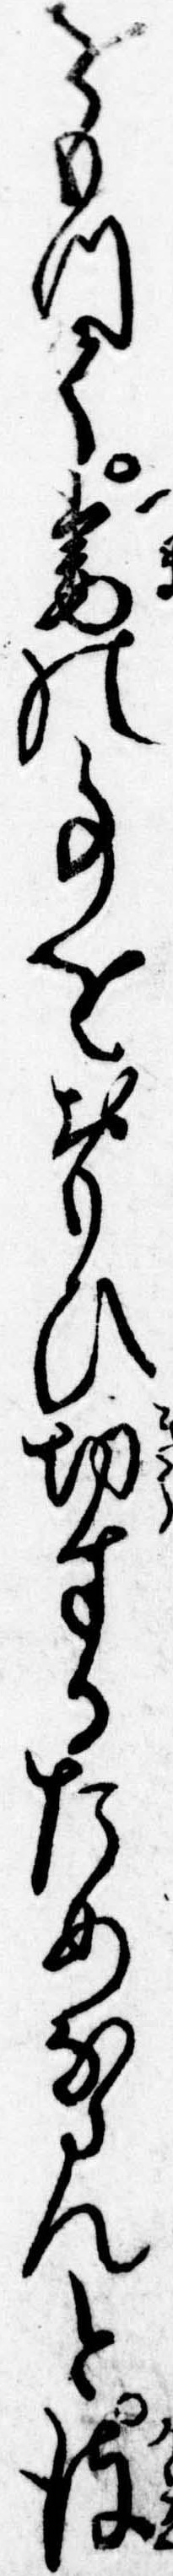
をもつて妻の事をおもひ切するためならんと彼